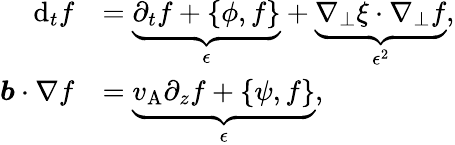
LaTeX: \begin{array}{rl}{\mathrm{d}_{t}f}&{=\underbrace{\partial_{t}f+\{ \phi,f\} }_{\epsilon}+\underbrace{\nabla_{\perp}\xi\cdot\nabla_{\perp}f}_{\epsilon^{2}},}\\ {\boldsymbol{b}\cdot\nabla f}&{=\underbrace{v_{\mathrm{A}}\partial_{z}f+\{ \psi,f\} }_{\epsilon},}\end{array}